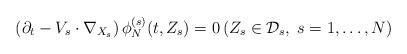
LaTeX: \begin{align*}\left( \partial_t - V_s \cdot \nabla_{X_s} \right) \phi_N^{(s)} (t,Z_s) = 0 \left( Z_s \in \mathcal{D}_s, \; s = 1,\dots,N \right)\end{align*}